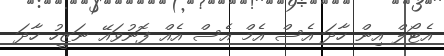
އެޓޯލް އިން ހާދަ އެސް އެމް އެސް އެއް ފޮނުވައޭ ނަޒީހު ހާދަ